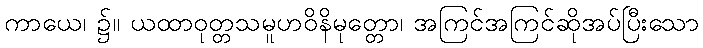
ကာယေ၊ ၌။ ယထာဝုတ္တသမူဟဝိနိမုတ္တော၊ အကြင်အကြင်ဆိုအပ်ပြီးသော